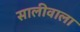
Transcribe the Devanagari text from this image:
सालीवाला